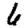
Digit: 6